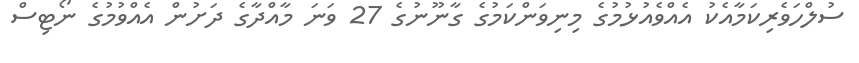
ސުލްހަވެރިކަމާއެކު އެއްވެއުޅުމުގެ މިނިވަންކަމުގެ ގާނޫނުގެ 27 ވަނަ މާއްދާގެ ދަށުން އެއްވުމުގެ ނޯޓިސް